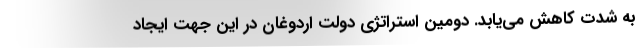
به شدت کاهش می­یابد. دومین استراتژی دولت اردوغان در این جهت ایجاد